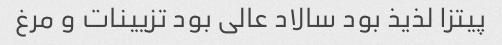
پیتزا لذیذ بود سالاد عالی بود تزیینات و مرغ